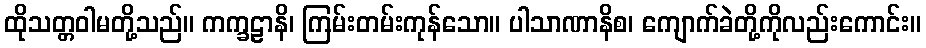
ထိုသတ္တဝါမတို့သည်။ ကက္ခဠာနိ၊ ကြမ်းတမ်းကုန်သော။ ပါသာဏာနိစ၊ ကျောက်ခဲတို့ကိုလည်းကောင်း။